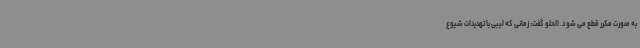
به صورت مکرر قطع می شود. الحلو گفت: زمانی که لیبی با تهدیدات شیوع